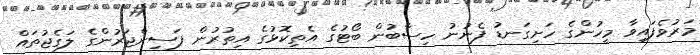
މަރުވެފައިވާ މީހުންގެ ހަށިގަނޑު ފެނުނު ހިސާބުން ބޯޓުގެ އެތިކޮޅުގެ އިތުރުން ފަސިންޖަރުންގެ ލަގެޖުތައް